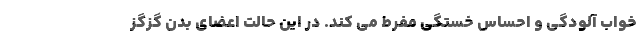
خواب آلودگی و احساس خستگی مفرط می کند. در این حالت اعضای بدن گِزگِز